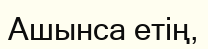
Ашынса етің,